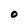
Character: O